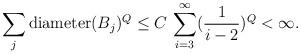
LaTeX: \begin{align*}\sum_{j}\mathrm{diameter}(B_j)^Q\leq C\,\sum_{i=3}^{\infty}(\frac{1}{i-2})^Q<\infty.\end{align*}